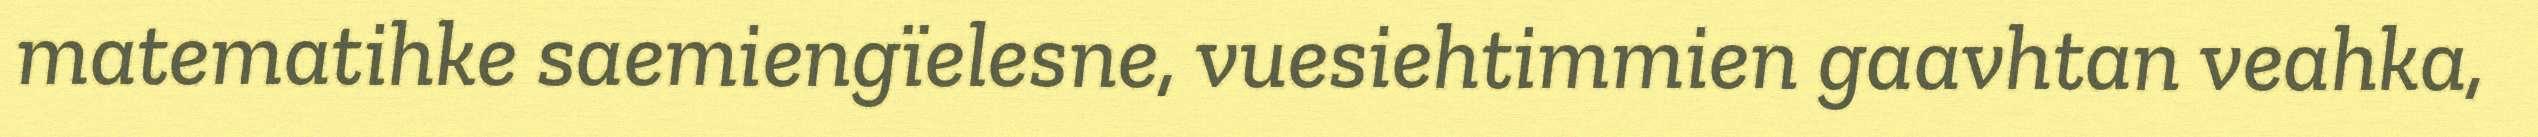
matematihke saemiengïelesne, vuesiehtimmien gaavhtan veahka,